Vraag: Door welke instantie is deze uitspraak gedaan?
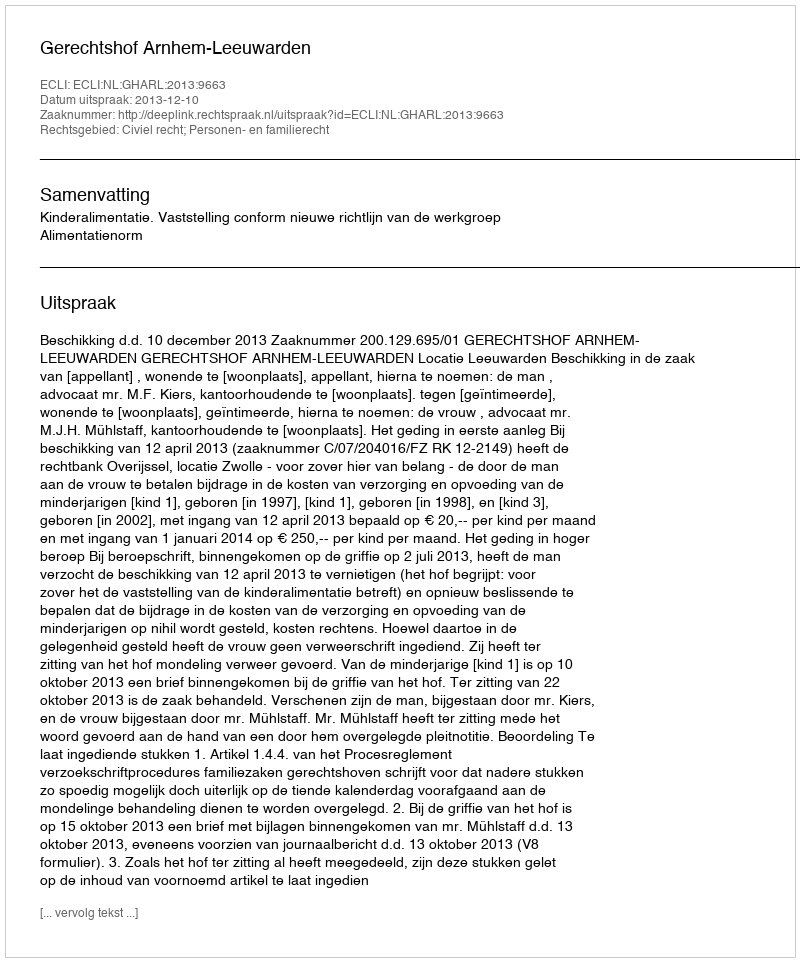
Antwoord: Gerechtshof Arnhem-Leeuwarden